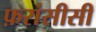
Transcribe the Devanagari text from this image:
फ़रांसीसी